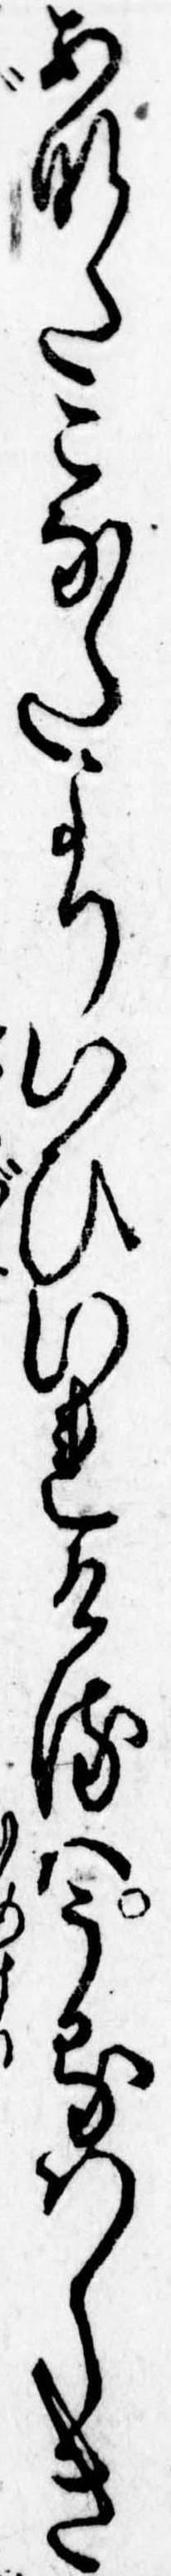
あなたこなたよりいひいれけるはうるはしき